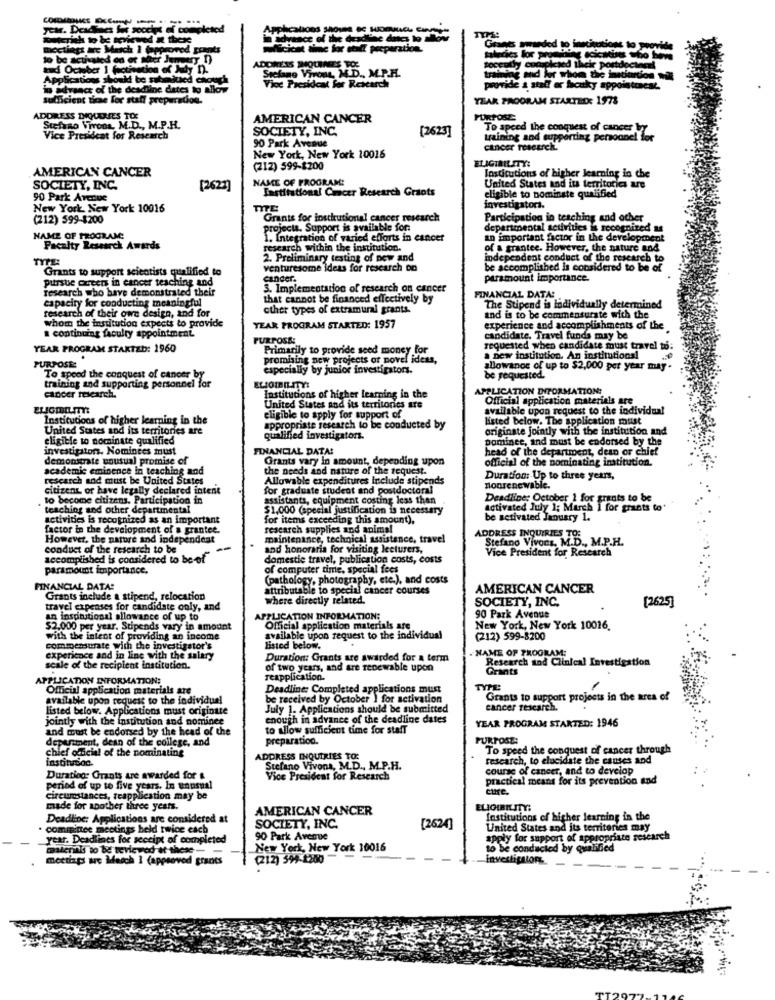
in advance of the deadline dnes to allow
ccents
Grants awarded to institutions to provide
ADONENS SHOUINES TO
toccully completed their portocincel
Applications should be subadued chouch
a chord
Stefano Vivous, M.D ., M.P.H.
training and for whom the instiantio
'1 xvsact of the deadline dates to allow
Vice Presidcat for Research
provide a staff er ficaky appointment.
sufficient ticae for staff preparation.
YEAR PROGRAM STARTED: 1973
ADDRESS DIQICERTES TO
AMERICAN CANCER
PURPOSE:
Stefano Vivons, M.D ., M.P.H.
SOCIETY, INC.
(2623]
To speed the conquest of cancer
Vice President for Research
90 Park Avenue
training and supporting persoone!
cancer research.
New York, New York 10016
ELIGIBILITY:
AMERICAN CANCER
(212) 599-$200
NAME OF PROGRAM:
Institutions of higher learning is the
SOCIETY, INC.
[2623]
Institutional Cancer Research Grants
United States and its territories are
90 Park Avenue
eligible to nominate qualified
New York New York 10016
TITE
investigators.
(212) 599-$200
Grants for institutional cancer research
Participation in teaching and other
projects. Support is available for
departmental activities is recognized as
NAME OF PROGRAM:
1. Integration of varied efforts in cancer
an important factor in the development
Faculty Research Awards
research within the institution.
of a grantee. However, the nature and
2. Preliminary testing of new and
independent conduct of the research to
Grants to support scientists qualified to
venturesome ideas for research Do
be accomplished is considered to be of
pursue creens in cancer teaching and
cancer.
paramount importance.
research who have demonstrated their
3. Implementation of research on cancer
capacity for conducting meaningful
that cannot be financed effectively by
FINANCIAL DATA:
research of their own design, and for
other types of extramural grants.
The Stipend is individually determined
whom the institution expects to provide
and is to be commensurate with the
a continuing faculty appointment
YEAR PROGRAM STARTED: 1957
experience and accomplishments of the
PURPOSE:
candidate. Travel funds may be
YEAR PROGRAM STARTED: 1960
Primarily to provide seed money for
requested when candidate must travel to:
promising new projects of novel ideas,
a new institution. An institutions!
PURPOSE:
especially by junior investigators.
allowance of up to $2,000 per year may
To speed the conquest of cancer by
training and supporting personnel for
ELIOT ILITY:
be requested.
cancer research.
APPLICATION DIFORMATION:
Institutions of higher learning in the
Official application materials are
United States and its territories are
available upon request to the individual
Institucions of higher learning in the
eligible to apply for support of
listed below. The application must
United States and its territones are
appropriate research to be conducted by
originate jointly with the institution and
eligible to nominate qualified
qualified investigators.
Dominee, and must be endorsed by the
investipiton. Nominees must
FINANCIAL DATA!
head of the department, dean or chief
demonstrate unusual promise of
Grants vary in amount, depending upon
official of the nominating institution.
academic eminence in teaching and
the needs and nature of the request.
research and must be United States
Allowable expenditures Include stipends
Duration: Up to three years,
citizens or have legally declared intent
for graduate student and postdoctoral
nonrenewable.
to become citizens. Participation in
assistants, equipment costing less than
Deadline; October 1 for grants to be
teaching and other departmental
$1,000 (special justification is necessary
Activated July 1; March I for grants to'
activities is recognized as an important
for items exceeding this amount),
be activated January 1.
factor in the development of a grantee.
research supplies and animal
However, the nature and independent
maintenance, technical assistance, travel
ADDRESS INQUIRIES TO:
Stefano Vivons, M.D ., M.P.H.
conduct of the research to be
-
and honoraria for visiting lecturers,
Vice President for Research
accomplished is considered to be of
domestic travel, publication costs, costs
paramount importance.
of computer time, special fees
(pathology, photography, etc.), and costs
FINANCIAL DATA:
attributable to special cancer courses
AMERICAN CANCER
Grants include a stipend, relocation
where directly related.
SOCIETY, INC.
[2625]
travel expenses for candidate only, and
an inspirational allowance of up to
APPLICATION INFORMATION:
90 Park Avenue
$2.000 per year. Stipends vary in amount
Official application materials are
New York, New York 10016.
with the intent of providing an income
available upon request to the individual
(212) 599-8200
commensurate with the investigator's
listed below.
NAME OF PROGRAM:
experience and in line with the salary
Duration: Grants are awarded for a term
Research and Clinical Investigation
scale of the recipient institution.
of two years, and are renewable upon
Grants
APPLICATION INFORMATION:
reapplication.
Official application materials are
Deadline: Completed applications must
TYPE
available upon request to the individual
be received by October ) for activation
Grants to support projects in the area of
listed below. Applications must originate
July 1. Applications should be submitted
cancer research.
jointly with the institution and nominee
enough in advance of the deadline dates
YEAR PROGRAM STARTED: 1946
and must be endorsed by the head of the
to allow sufficient time for staff
department, dean of the college, and
preparation.
PURPOSE:
f oficial of the nominating
To speed the conquest of cancer through
instinrion.
ADDRESS INQUIRIES TO:
research, to elucidate the causes and
Stefano Vivons, M.D ., M.P.H.
course of cancer, and to develop
Duration: Grants are awarded for &
Vice President for Research
practical means for its prevention and
period of up to five years. In unusual
cure.
circumstances, teapplication may be
made for another three years.
AMERICAN CANCER
ELIGIBILITY:
Deadline: Applications are considered at
Institutions of higher learning in the
committee meetings held twice each
SOCIETY, INC.
[2624]
United States and its territories may
year. Deadlines for seccipt of completed
90 Park Avenue
apply for support of appropriate research
New York, New York 10016
to be conducted by qualified
meetings are March 1 (approved grants
(212) 594-1200-
investition